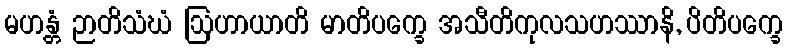
မဟန္တံ ဉာတိသံဃံ ဩဟာယာတိ မာတိပက္ခေ အသီတိကုလသဟဿာနိ, ပိတိပက္ခေ